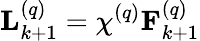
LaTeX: \mathbf{L}_{k+1}^{\left(q\right)}=\chi^{\left(q\right)}\mathbf{F}_{k+1}^{\left(q\right)}